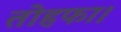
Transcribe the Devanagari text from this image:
तोहफा।